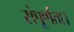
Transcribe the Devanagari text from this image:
संपूर्णता।